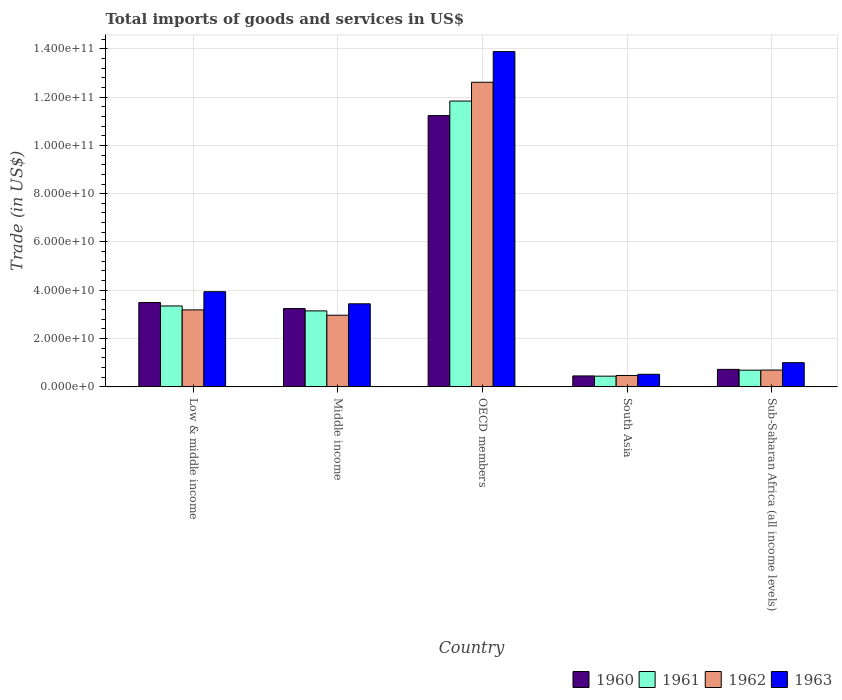
| Country | 1960 | 1961 | 1962 | 1963 |
 | --- | --- | --- | --- | --- |
 | Low & middle income | 3.49e+10 | 3.35e+10 | 3.19e+10 | 3.94e+10 |
 | Middle income | 3.24e+10 | 3.15e+10 | 2.97e+10 | 3.44e+10 |
 | OECD members | 1.12e+11 | 1.18e+11 | 1.26e+11 | 1.39e+11 |
 | South Asia | 4.53e+09 | 4.43e+09 | 4.71e+09 | 5.21e+09 |
 | Sub-Saharan Africa (all income levels) | 7.25e+09 | 6.91e+09 | 6.97e+09 | 1e+10 |